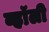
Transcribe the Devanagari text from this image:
व्हॉली